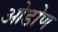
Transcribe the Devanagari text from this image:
ओडोण